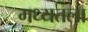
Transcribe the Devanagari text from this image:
मध्यतला